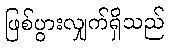
ဖြစ်ပွားလျှက်ရှိသည်